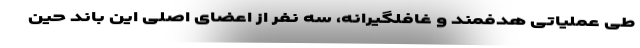
طی عملیاتی هدفمند و غافلگیرانه، سه نفر از اعضای اصلی این باند حین